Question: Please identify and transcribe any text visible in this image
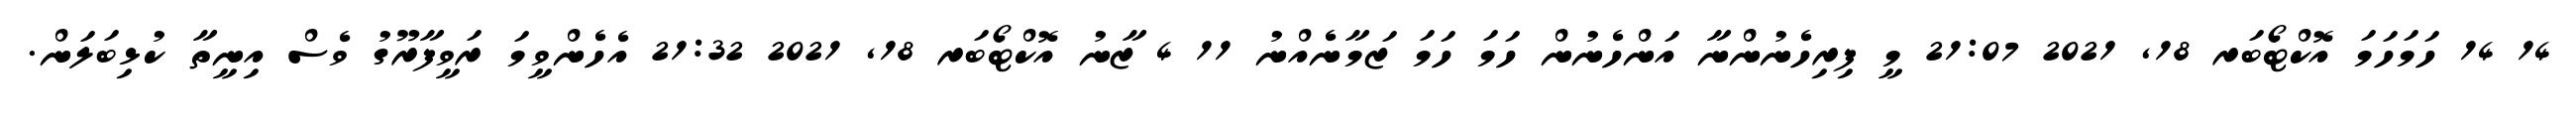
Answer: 14 14 ހަމަހަމަ އޮކްޓޯބަރ 18, 2021 21:07 މީ ފިރިހެނުންނާ އަންހެނުން ހަމަ ހަމަ ޒަމާނެއްނު 11 4 ޒާނު އޮކްޓޯބަރ 18, 2021 21:32 އެހެންވީމަ ރަވީފާރޫގު ވެސް އިނީތާ ކުޅިބަލަން.